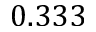
0 . 3 3 3